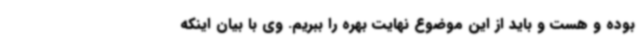
بوده و هست و باید از این موضوع نهایت بهره را ببریم. وی با بیان اینکه